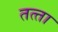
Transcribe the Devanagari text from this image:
तत्‍ता